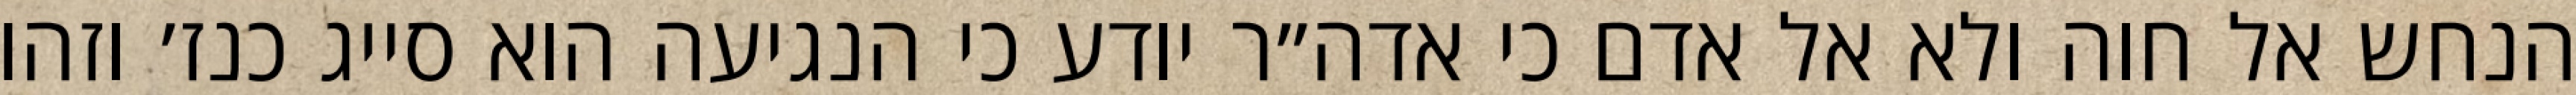
הנחש אל חוה ולא אל אדם כי אדה״ר יודע כי הנגיעה הוא סייג כנז׳ וזהו